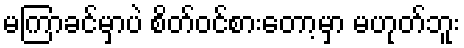
မကြာခင်မှာပဲ စိတ်ဝင်စားတော့မှာ မဟုတ်ဘူး